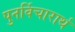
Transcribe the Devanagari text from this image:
पुनर्विचारार्थ